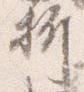
折